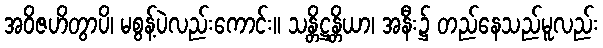
အဝိဇဟိတွာပိ၊ မစွန့်ပဲလည်းကောင်း။ သန္တိဋ္ဌန္တိယာ၊ အနီး၌ တည်နေသည်မူလည်း